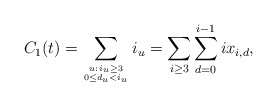
\begin{align*}C_1(t) = \sum_{u:\,i_u \geq 3 \atop {0 \leq d_u < i_u}} i_u = \sum_{i \geq 3} \sum_{d =0}^{i-1} ix_{i,d},\end{align*}